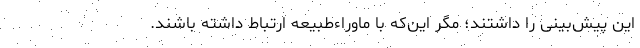
این پیش‌بینی را داشتند؛ مگر این‌که با ماوراءطبیعه ارتباط داشته باشند.